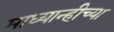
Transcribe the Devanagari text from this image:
माध्यान्हीच्या